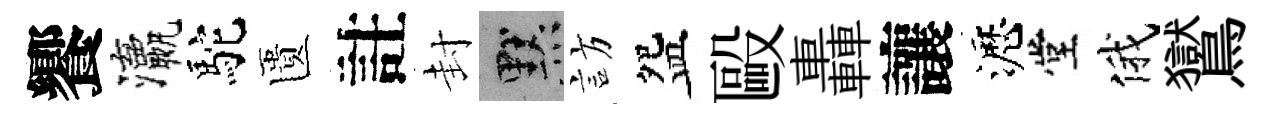
饗瀛駝匱註封默訪盌毆轟讓瀝堂俄鸑